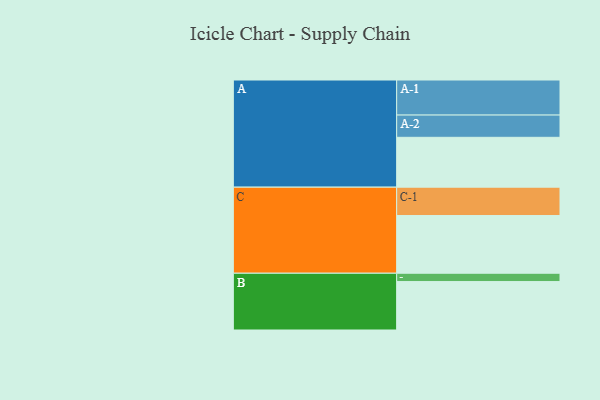
{"axis": {"x": "Segment", "y": "Value"}, "legend": ["", "A", "B", "C"], "data": [{"x": "A", "y": 347, "type": ""}, {"x": "B", "y": 337, "type": ""}, {"x": "C", "y": 402, "type": ""}, {"x": "A-1", "y": 244, "type": "A"}, {"x": "A-2", "y": 155, "type": "A"}, {"x": "B-1", "y": 58, "type": "B"}, {"x": "C-1", "y": 197, "type": "C"}]}